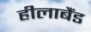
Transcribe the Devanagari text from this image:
हीलाबैंड